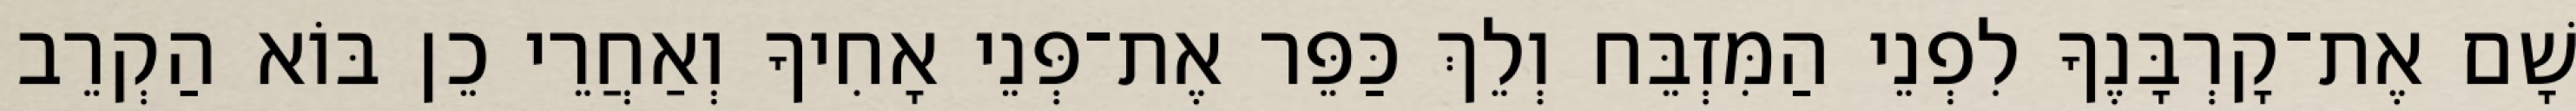
שָׁם אֶת־קָרְבָּנֶךָ לִפְנֵי הַמִּזְבֵּח וְלֵךְ כַּפֵּר אֶת־פְּנֵי אָחִיךָ וְאַחֲרֵי כֵן בּוֹא הַקְרֵב